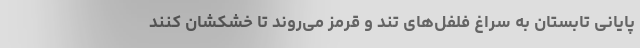
پایانی تابستان به سراغ فلفل‌های تند و قرمز می‌روند تا خشکشان کنند